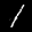
Label: 1